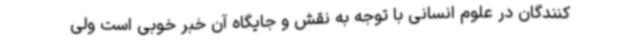
کنندگان در علوم انسانی با توجه به نقش و جایگاه آن خبر خوبی است ولی